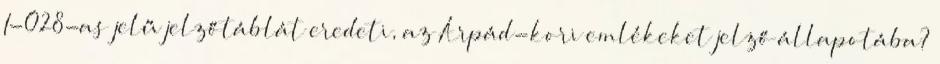
I-028-as jelű jelzőtáblát eredeti, az Árpád-kori emlékeket jelző állapotába?